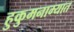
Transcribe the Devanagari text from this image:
हुकुमनाम्यात